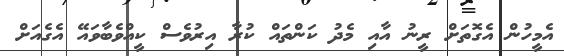
އެމީހުން އެގޮތަށް ރީނު އާއި މެދު ކަންތައް ކުރާ އިރުވެސް ކީއްވެބާވައޭ އެގެއަށް